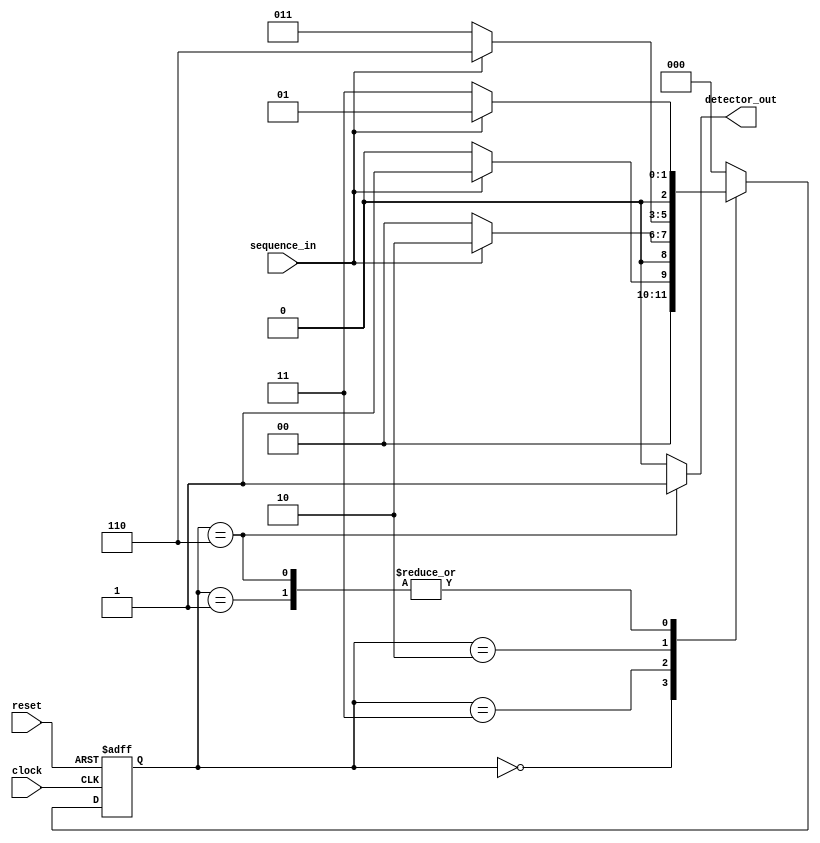
`timescale 1ns / 1ps
//////////////////////////////////////////////////////////////////////////////////
// Company: 
// Engineer: 
// 
// Design Name: 
// Module Name:    SD_MOORE_Verilog 
// Project Name: 
// Target Devices: 
// Tool versions: 
// Description: 
//
// Dependencies: 
//
// Revision: 
// Revision 0.01 - File Created
// Additional Comments: 
//
//////////////////////////////////////////////////////////////////////////////////

module SD_MOORE_Verilog(sequence_in,clock,reset,detector_out);
input clock;
input reset; 
input sequence_in; 
output reg detector_out; 
parameter  Zero=3'b000, 
  One=3'b001, 
  OneZero=3'b011, 
  OneZeroOne=3'b010, 
  OneZeroOneOne=3'b110;

reg [2:0] current_state, next_state; 

always @(posedge clock, posedge reset)
begin
 if(reset==1) 
 current_state <= Zero;
 else
 current_state <= next_state; 
end 
always @(current_state,sequence_in)
begin
 case(current_state) 
 Zero:begin
  if(sequence_in==1)
   next_state = One;
  else
   next_state = Zero;
 end
 One:begin
  if(sequence_in==0)
   next_state = OneZero;
  else
   next_state = One;
 end
 OneZero:begin
  if(sequence_in==0)
   next_state = Zero;
  else
   next_state = OneZeroOne;
 end 
 OneZeroOne:begin
  if(sequence_in==0)
   next_state = OneZero;
  else
   next_state = OneZeroOneOne;
 end
 OneZeroOneOne:begin
  if(sequence_in==0)
   next_state = OneZero;
  else
   next_state = One;
 end
 default:next_state = Zero;
 endcase
end
always @(current_state)
begin 
 case(current_state) 
 Zero:   detector_out = 0;
 One:   detector_out = 0;
 OneZero:  detector_out = 0;
 OneZeroOne:  detector_out = 0;
 OneZeroOneOne:  detector_out = 1;
 default:  detector_out = 0;
 endcase
end 
endmodule